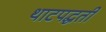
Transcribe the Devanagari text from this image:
थाटपद्धती